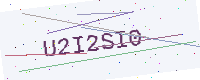
Text: U2I2SI0